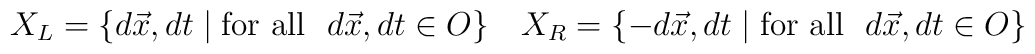
X_{L}=\{d\vec{x}, dt\; |\; \mbox{for all}~~ d\vec{x},dt\in O\}~~~X_{R}=\{-d\vec{x},dt\;|\; \mbox{for all}~~ d\vec{x},dt\in O\}